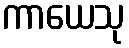
ကာယေသု